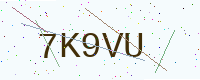
Text: 7K9VU